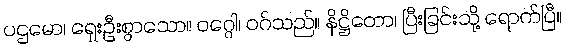
ပဌမော၊ ရှေးဦးစွာသော။ ဝဂ္ဂေါ၊ ဝဂ်သည်။ နိဋ္ဌိတော၊ ပြီးခြင်းသို့ ရောက်ပြီ။